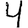
Digit: 4